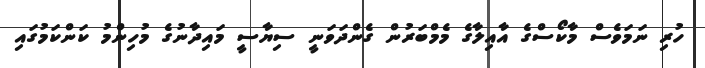
ހުރި ނަމަވެސް މާކޯސްގެ އާއިލާގެ މެމްބަރުން ގެންދަވަނީ ސިޔާސީ މައިދާނުގެ މުހިންމު ކަންކަމުގައި